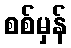
စစ်မှန်